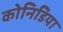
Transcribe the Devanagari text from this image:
कोनिडिया